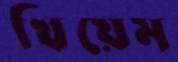
খিয়েম